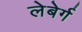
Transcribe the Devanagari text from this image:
लेबेर्ग